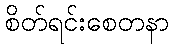
စိတ်ရင်းစေတနာ